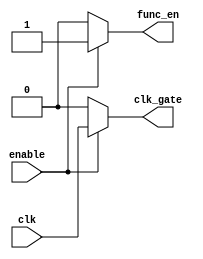
module cgate(
        input   clk,
        input   enable,

        output  clk_gate,
        output  func_en
        );

        assign clk_gate = (enable)? clk:1'b0;
        assign func_en  = (enable)? 1'b1:1'b0;

endmodule